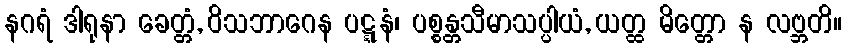
နဂရံ ဒါရုနာ ခေတ္တံ, ဝိသဘာဂေန ပဋ္ဋနံ၊ ပစ္စန္တသီမာသပ္ပါယံ, ယတ္ထ မိတ္တော န လဗ္ဘတိ။